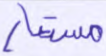
مستعار